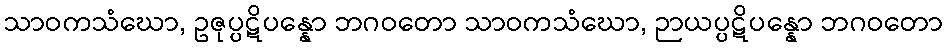
သာဝကသံဃော, ဥဇုပ္ပဋိပန္နော ဘဂဝတော သာဝကသံဃော, ဉာယပ္ပဋိပန္နော ဘဂဝတော